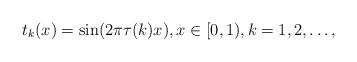
LaTeX: \begin{align*}t_k(x)=\sin(2\pi \tau(k)x),x\in [0,1),k=1,2,\ldots,\end{align*}